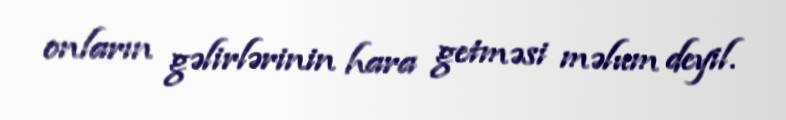
onların gəlirlərinin hara getməsi məlum deyil.